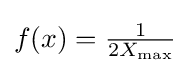
f(x)={\tfrac {1}{2X_{\max }}}